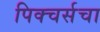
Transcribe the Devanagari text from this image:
पिक्चर्सचा